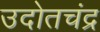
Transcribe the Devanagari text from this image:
उदोतचंद्र